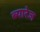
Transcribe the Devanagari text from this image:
ब्यारेज